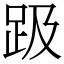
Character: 趿